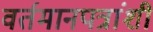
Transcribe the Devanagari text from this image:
वर्तमानपत्रांशी